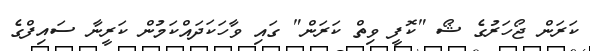
ކަރަން ޖޯހަރުގެ ޝޯ "ކޮފީ ވިތް ކަރަން" ގައި ވާހަކަދައްކަމުން ކަރީނާ ސައިފްގެ